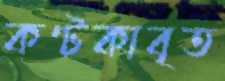
কণ্টকাবৃত